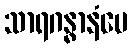
သာရဂန္ဓာနံပေ